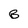
Character: B